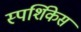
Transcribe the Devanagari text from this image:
स्पर्शिकेस